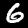
Label: 6